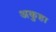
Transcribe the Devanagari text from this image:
अकुहा